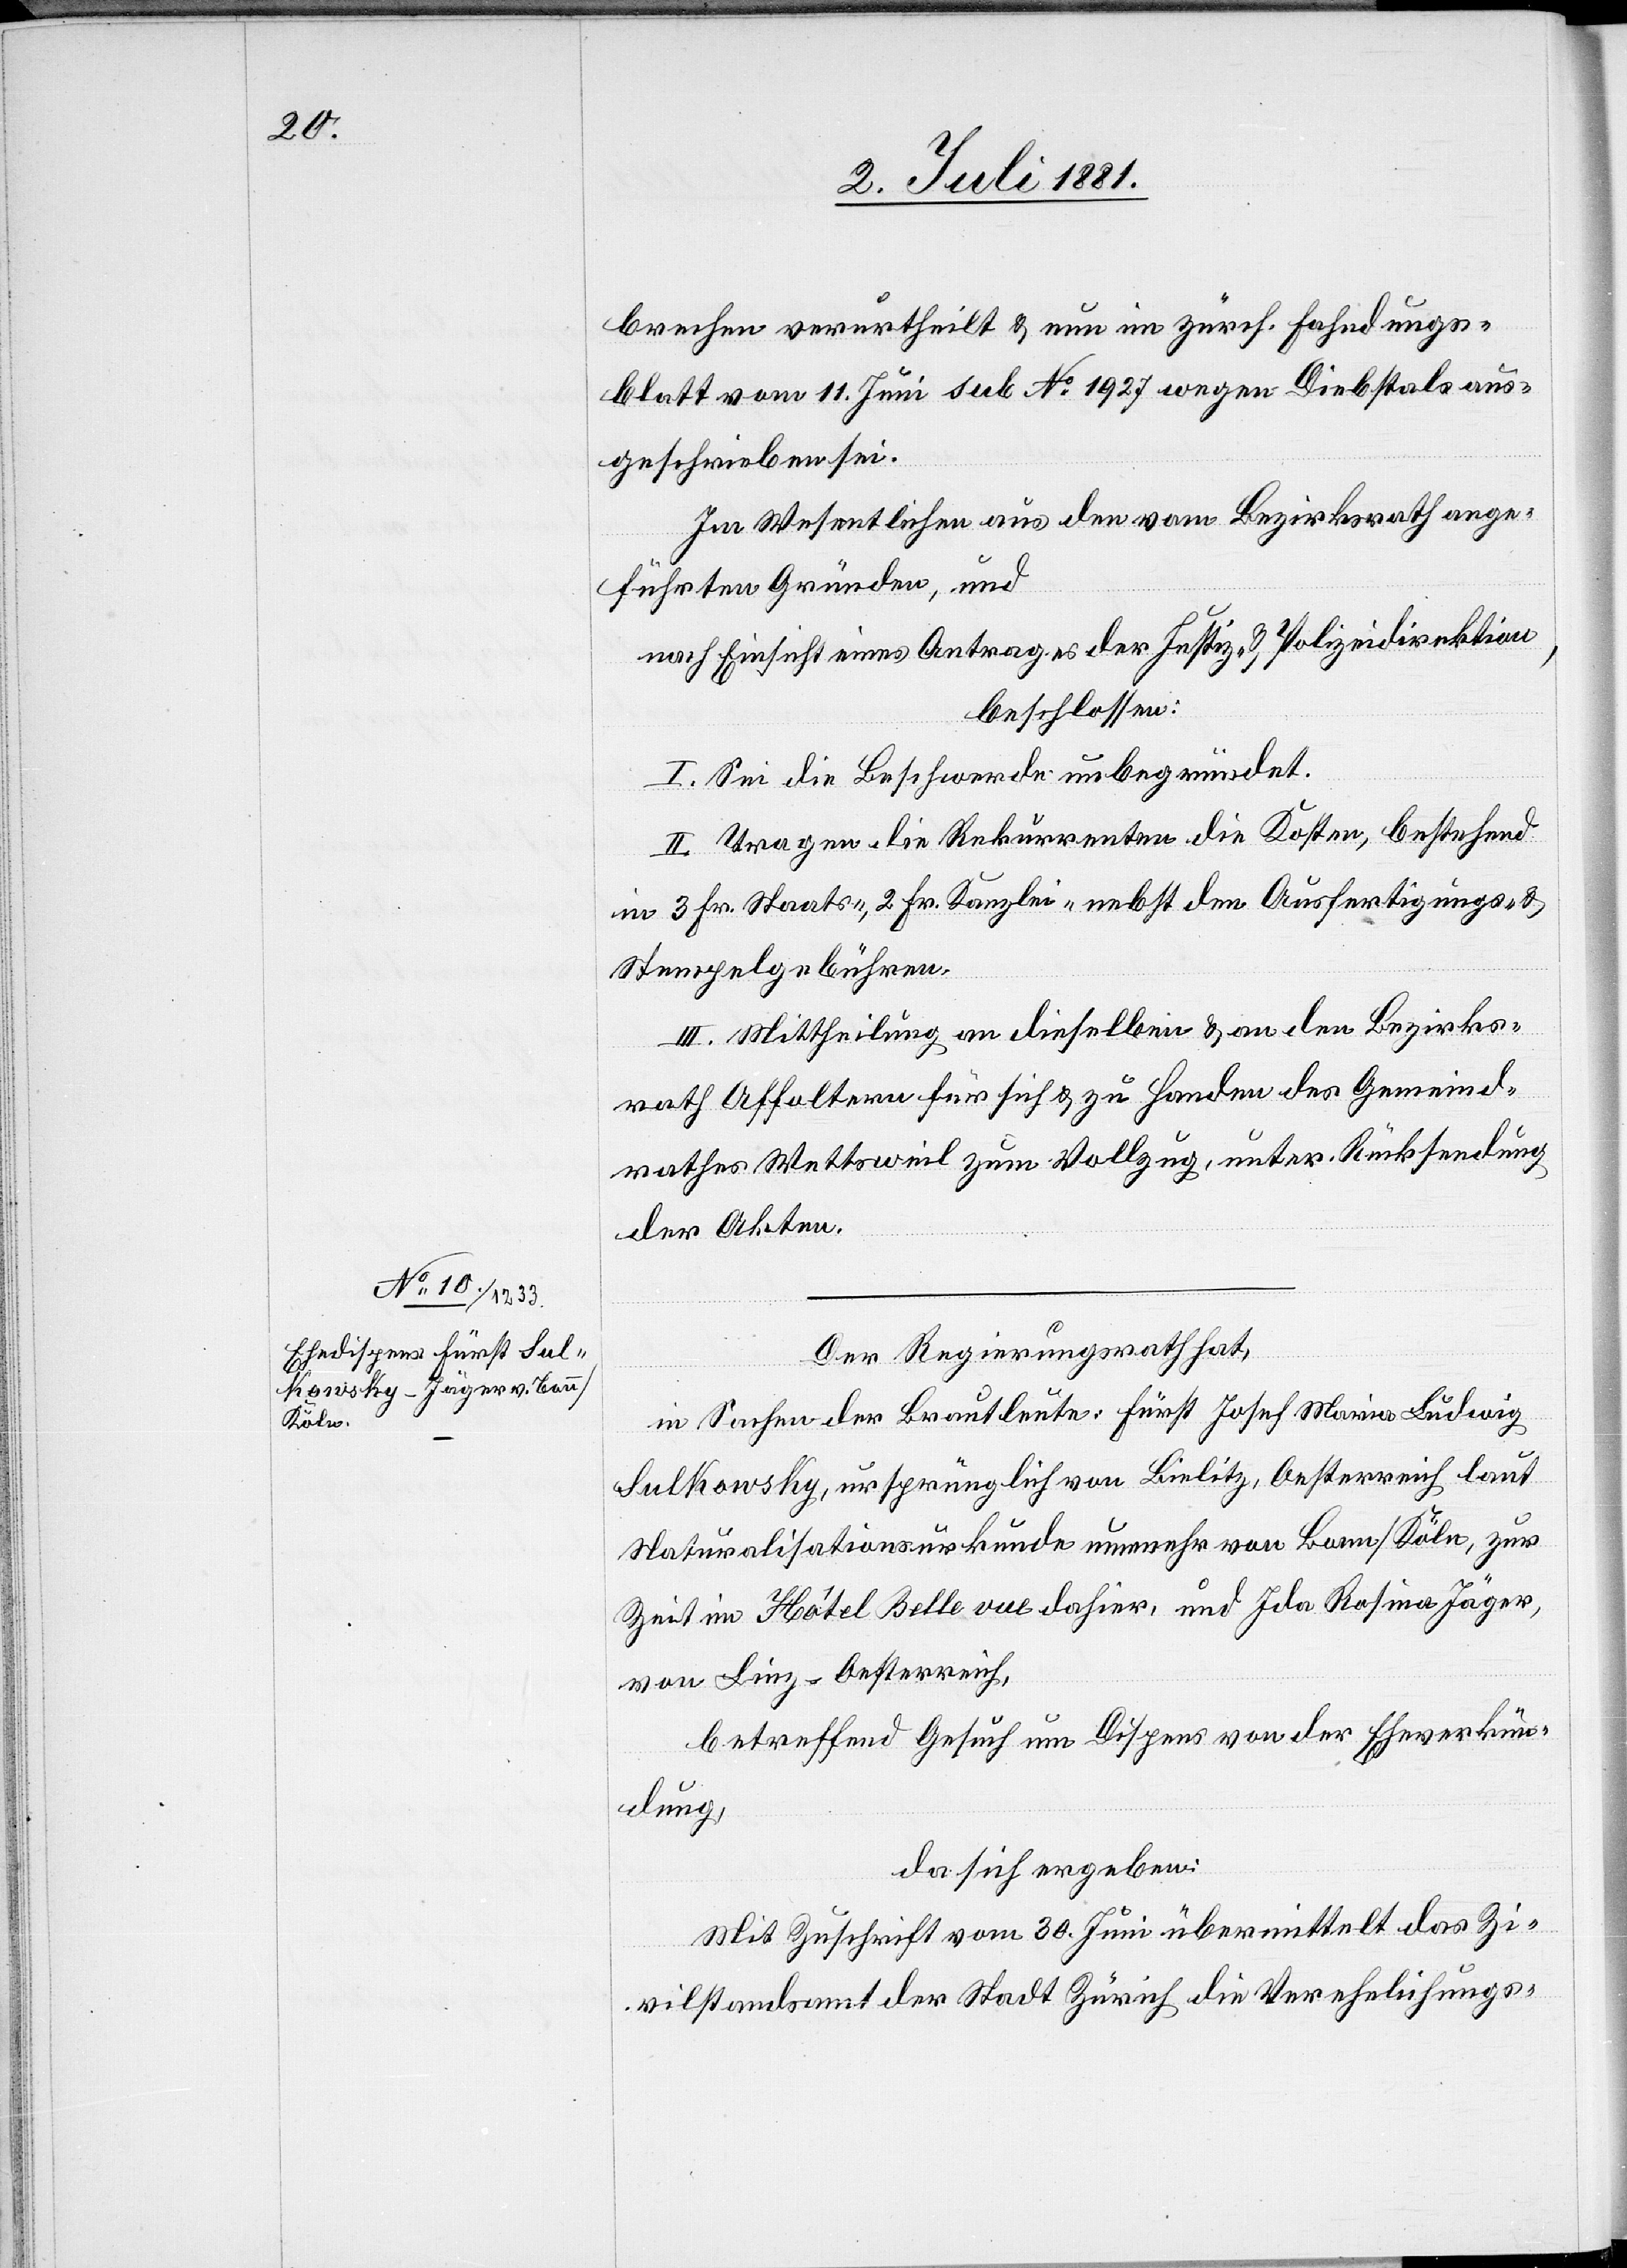
brechen verurtheilt & nun im zürch. Fahndungs¬
blatt vom 11. Juni sub No 1927 wegen Diebstahls aus¬
geschrieben sei.
Im Wesentlichen aus den vom Bezirksrath ange¬
führten Gründen, und
nach Einsicht eines Antrages der Justiz- & Polizeidirektion,
beschlossen:
I. Sei die Beschwerde unbegründet.
II. Tragen die Rekurrenten die Kosten, bestehend
in 3 Fr. Staats-, 2 Fr. Kanzlei- nebst den Ausfertigungs- &
Stempelgebühren.
III. Mittheilung an dieselben & an den Bezirks¬
rath Affoltern für sich & zu Handen des Gemeind¬
rathes Wettsweil zum Vollzug, unter Rücksendung
der Akten.
Der Regierungsrath hat,
in Sachen der Brautleute: Fürst Josef Maria Ludwig
Sulkowsky, ursprünglich von Bielitz, Oesterreich laut
Naturalisationsurkunde nunmehr von Bonn/Köln, zur
Zeit im Hôtel Bellevue dahier, und Ida Rosina Jäger,
von Linz, Oesterreich,
betreffend Gesuch um Dispens von der Eheverkün¬
dung,
da sich ergeben:
Mit Zuschrift vom 30. Juni übermittelt das Zi¬
vilstandsamt der Stadt Zürich die Verehelichungs-